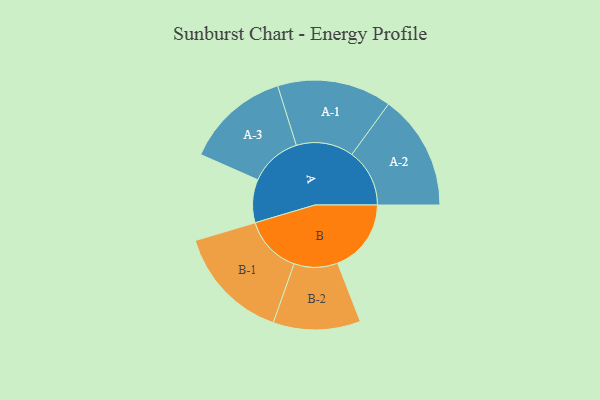
{"axis": {"x": "Segment", "y": "Value"}, "legend": ["", "A", "B"], "data": [{"x": "A", "y": 172, "type": ""}, {"x": "B", "y": 293, "type": ""}, {"x": "A-1", "y": 228, "type": "A"}, {"x": "A-2", "y": 230, "type": "A"}, {"x": "A-3", "y": 208, "type": "A"}, {"x": "B-1", "y": 230, "type": "B"}, {"x": "B-2", "y": 174, "type": "B"}]}